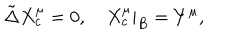
\tilde { \Delta } { X _ { c } ^ { \mu } } = 0 , \quad { X _ { c } ^ { \mu } } { | _ { B } } = { Y ^ { \mu } } ,